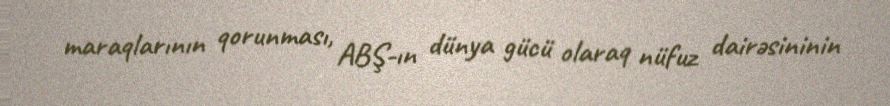
maraqlarının qorunması, ABŞ-ın dünya gücü olaraq nüfuz dairəsininin